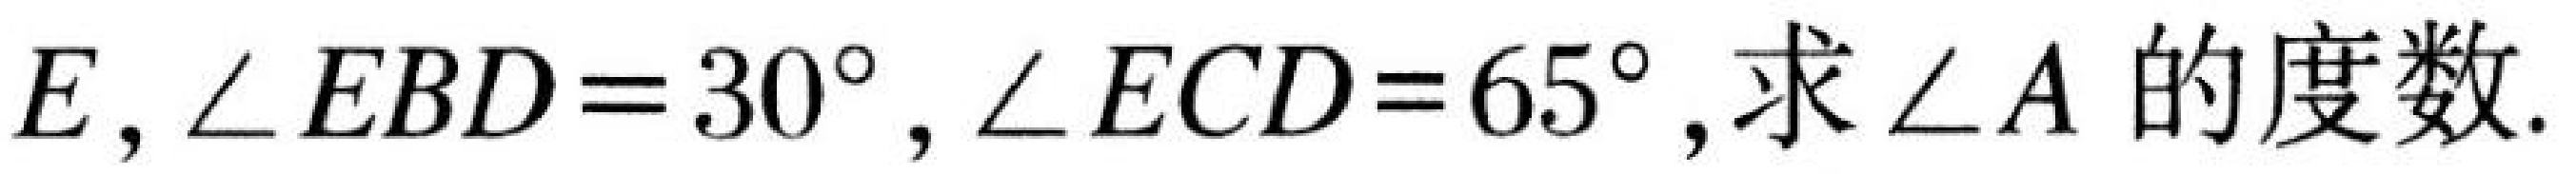
$E,\angle EBD = 30^{\circ},\angle ECD = 65^{\circ},求\angle A的度数.$